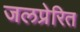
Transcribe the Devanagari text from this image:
जलप्रेरित